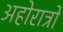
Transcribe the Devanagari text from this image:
अहोरात्रो